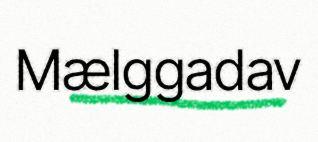
Mælggadav